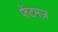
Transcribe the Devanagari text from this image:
फेंटमज़